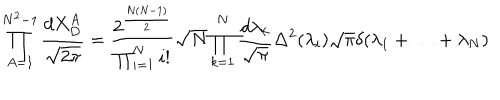
\prod _ { A = 1 } ^ { N ^ { 2 } - 1 } \frac { d X _ { D } ^ { A } } { \sqrt { 2 \pi } } = \frac { 2 ^ { \frac { N ( N - 1 ) } { 2 } } } { \prod _ { i = 1 } ^ { N } i ! } \sqrt { N } \prod _ { k = 1 } ^ { N } \frac { d \lambda _ { k } } { \sqrt { \pi } } \Delta ^ { 2 } ( \lambda _ { i } ) \sqrt { \pi } \delta ( \lambda _ { 1 } + \ldots + \lambda _ { N } )